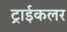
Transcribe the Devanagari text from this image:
ट्राईकलर